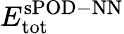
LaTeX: E_{\mathrm{tot}}^{\mathrm{sPOD-NN}}